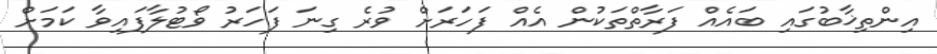
އިންތިޚާބުގައި ބައެއް ފަރާތްތަކުން އެއް ފަހަރަށް ވުރެ ގިނަ ފަހަރު ވޯޓުލާފައިވާ ކަމަށް